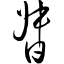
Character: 督